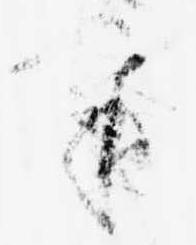
奉